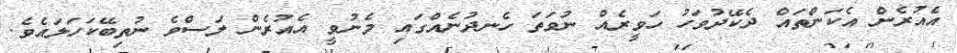
އެއުރެން އެކަންތައް ދެކޭދުވަހު ހަވީރެއް ނުވަތަ ހެނދުނެއްގައި މެނުވީ އެއުރެން ލަސްވެ ނުތިބޭކަހަލައެވެ.